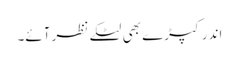
اندر کپڑے بھی لٹکے نظر آئے۔